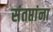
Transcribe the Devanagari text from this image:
संतप्तांना